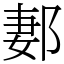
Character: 郪